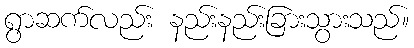
ရွာဆက်လည်း နည်းနည်းခြားသွားသည်။